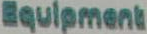
Equipment